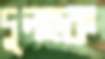
দুলহক